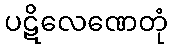
ပဋိလေဏေတုံ